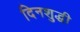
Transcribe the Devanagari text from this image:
दिनशुद्धी